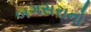
બગસરાનો